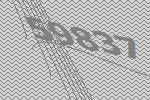
59837